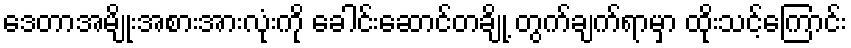
ဒေတာအမျိုးအစားအားလုံးကို ခေါင်းဆောင်တချို့ တွက်ချက်ရာမှာ ထိုးသင့်ကြောင်း